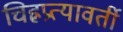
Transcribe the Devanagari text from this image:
चिह्नप्रत्यावर्ती